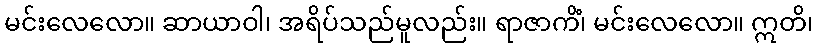
မင်းလေလော။ ဆာယာဝါ၊ အရိပ်သည်မူလည်း။ ရာဇာကိံ၊ မင်းလေလော။ ဣတိ၊